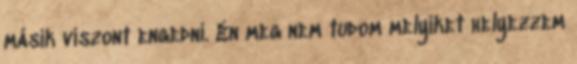
másik viszont engedni. Én meg nem tudom melyiket helyezzem